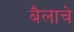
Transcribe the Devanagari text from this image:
बैलाचे